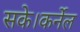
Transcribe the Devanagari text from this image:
सके।कर्नेल